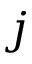
j